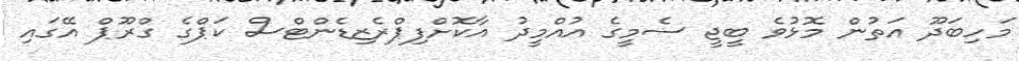
މަހިބަދޫ އަތުން މޮޅުވެ ބީޖީ ސެމީގެ އުއްމީދު އާކޮށްފިޕްރެޒިޑެންޓްސް ކަޕްގެ ގްރޫޕް އޭގައި